Lunatic asylums Punjab 1881-1894 - 1881-1894
Year: 1881
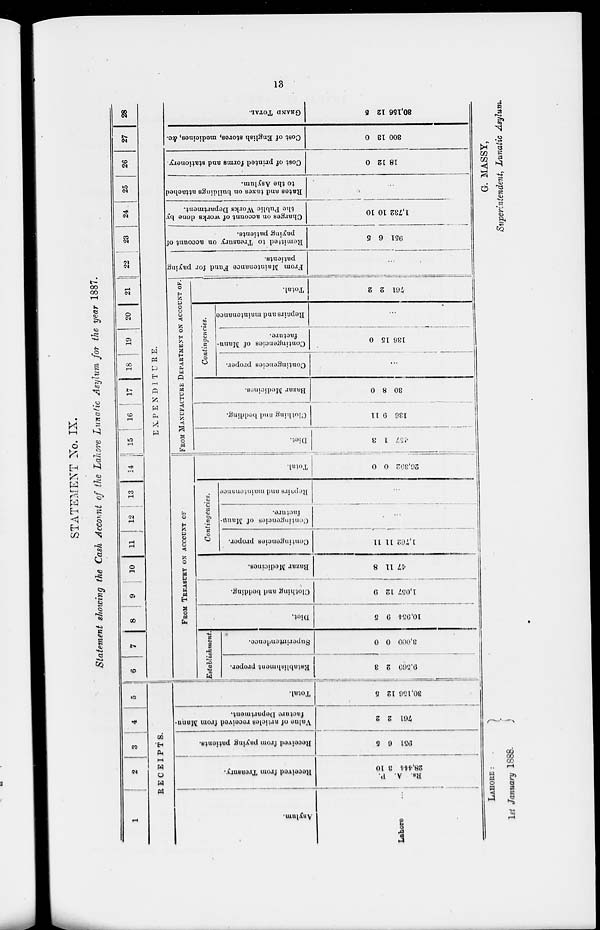
13
STATEMENT No. IX.
Statement showing the Cash Account of the Lahore Lunatic Asylum for the year 1887.
1
2
3
4
5
RECEIPTS.
Asylum.
Lahore
...
Received f r om Tr eas ur y.
P.
A.
Rs.
10
3
28, 444
Received from paying patients.
5
6
951
Value of articles received from Manu-
facture Department.
2
2
761
Total.
5
12
30,156
6
7
8
9
10
11
12
13
14 15 16 17 18 19 20 21 22 23 24 25 26 27 28
EXPENDITURE.
FROM TREASURY ON ACCOUNT OF
Establishment.
Establishment proper.
8
2
9,569
Superintendence.
0
0
3,000
Diet.
5
9
10,954
Clothing and bedding.
9
12
1,057
Bazar Medicines.
8
11
47
Contingencies.
Contingencies proper.
11
11
1,762
Contingencies of Manu-
facture.
...
Repairs and maintenance
...
Total.
0
0
26,392
FROM MANUFACTURE DEPARTMENT ON ACCOUNT OF
Diet.
3
1
457
Clothing and bedding.
11
9
136
Bazar Madicines.
0
8
30
Contingencies.
Contingencies proper.
...
Contingencies of Manu-
facture.
0
15
136
Repairs and maintenance.
...
Total.
2
2
761
From Maintenance Fund for paying
patients.
...
Remitted to Treasury on account of
paying patients.
5
6
951
Charges on account of works done by
the Public Works Department.
10
10
1,732
Rates and taxes on buildings attached
to the Asylum.
...
Cost of printed forms and stationery.
0
12
18
Cost of English stores, medicines, &c.
0
13
300
GRAND
TOTAL.
5
12
30,156
LAHORE:
1st January 1888.
G. MASSY,
Superintendent, Lunatic Asylum.